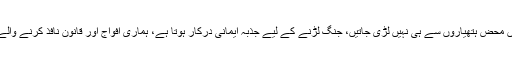
دوسری جانب تقریب سےخطاب کرتے ہوئے چوہدری نثار علی خان نے کہا کہ جنگیں محض ہتھیاروں سے ہی نہیں لڑی جاتیں، جنگ لڑنے کے لیے جذبہ ایمانی درکار ہوتا ہے، ہماری افواج اور قانون نافذ کرنے والے اہلکاروں میں جذبہ ایمانی ہے اور جن میں جذبہ شہادت ہو ان کو کوئی نہیں ہرا سکتا۔